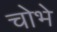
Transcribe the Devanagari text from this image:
चोभे